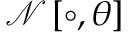
\mathcal { N } \left[ \circ , \theta \right]